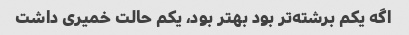
اگه یکم برشته‌تر بود بهتر بود، یکم حالت خمیری داشت